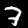
Digit: 7